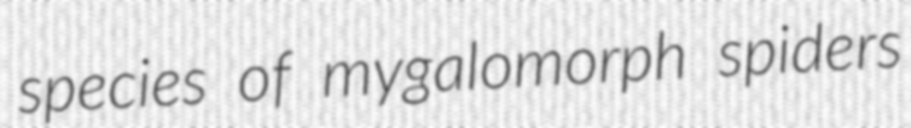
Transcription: species of mygalomorph spiders